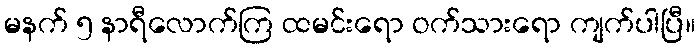
မနက် ၅ နာရီလောက်ကြ ထမင်းရော ဝက်သားရော ကျက်ပါပြီ။